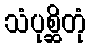
သံပုစ္ဆိတုံ